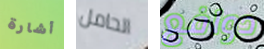
أشارة الحامل دوافع